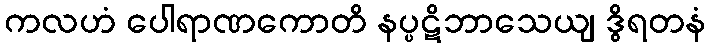
ကလဟံ ပေါရာဏကောတိ နပ္ပဋိဘာသေယျ ဒွိရတနံ